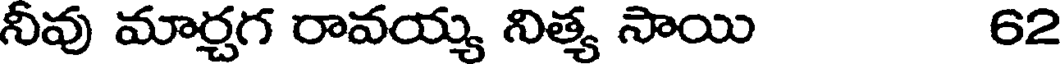
నీవు మార్చగ రావయ్య నిత్య సాయి 62